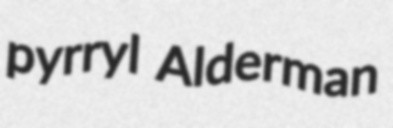
pyrryl Alderman